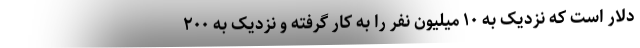
دلار است که نزدیک به ۱۰ میلیون نفر را به کار گرفته و نزدیک به ۲۰۰